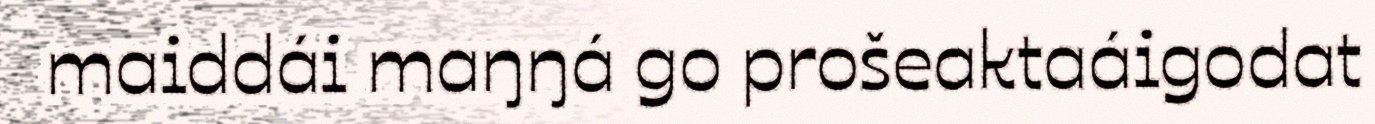
maiddái maŋŋá go prošeaktaáigodat